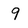
Character: 9